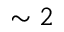
\sim 2